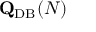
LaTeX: \mathbf { Q } _ { \mathrm { { D B } } } ( N )